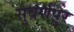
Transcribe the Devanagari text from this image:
सुबर्णपुर